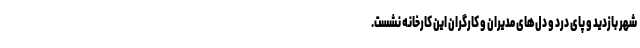
شهر بازدید و پای درد و دل‌های مدیران و کارگران این کارخانه نشست.